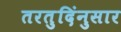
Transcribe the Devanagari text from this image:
तरतुदिंनुसार